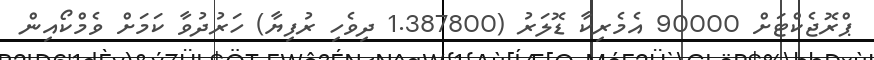
ޕްރޮޖެކްޓަށް 90000 އެމެރިކާ ޑޮލަރު (1.387800 ދިވެހި ރުފިޔާ) ހަރުދުވާ ކަމަށް ވެމްކޯއިން